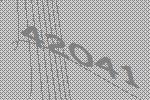
42041